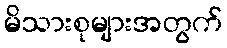
မိသားစုများအတွက်